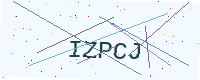
Text: IZPCJ